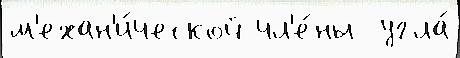
м'ехан'и́ческой чл'е́ны  угла́